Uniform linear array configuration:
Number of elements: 4
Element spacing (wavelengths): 0.5
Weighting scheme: kaiser
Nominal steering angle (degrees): -15
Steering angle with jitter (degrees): -13.505
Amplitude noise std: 0.05
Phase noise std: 0.05

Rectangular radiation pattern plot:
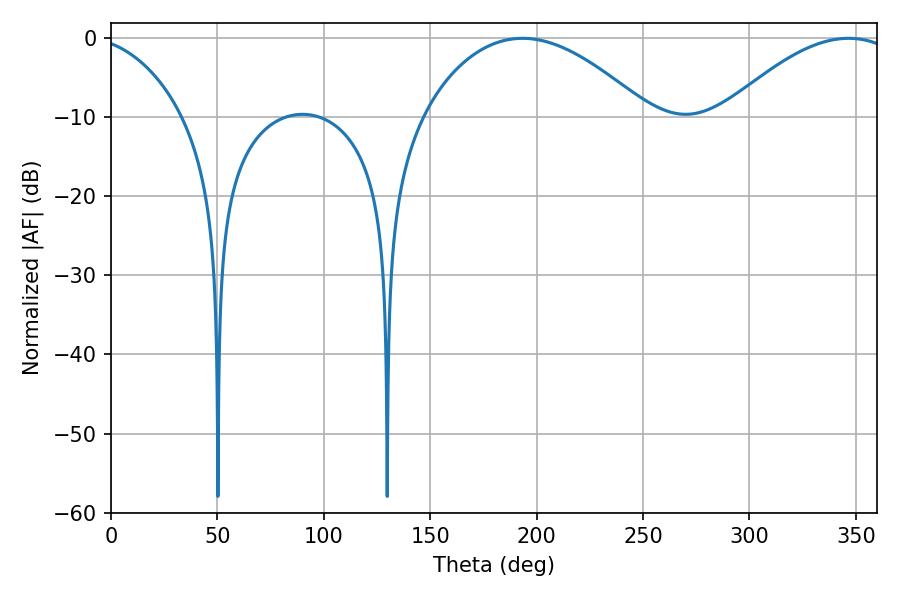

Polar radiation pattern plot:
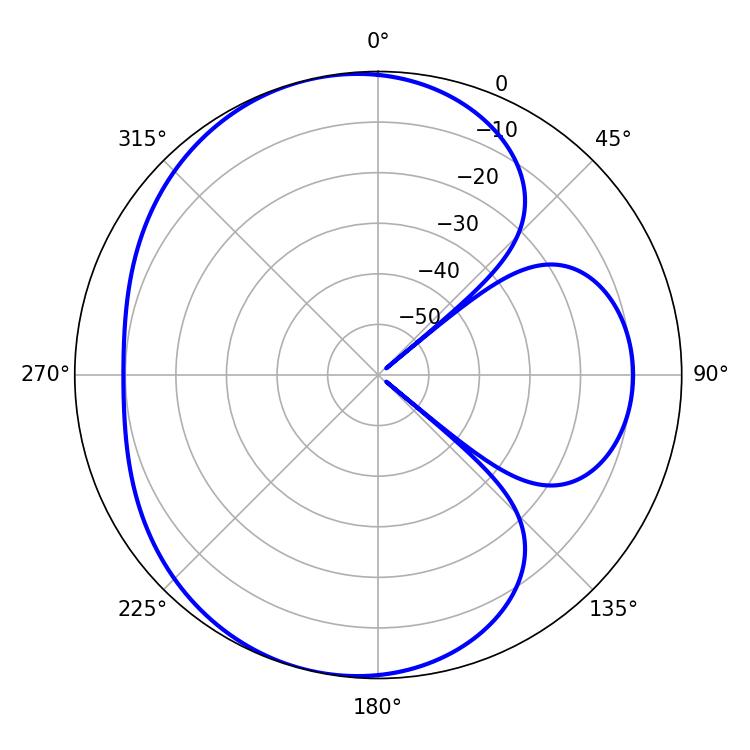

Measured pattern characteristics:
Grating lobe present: FALSE
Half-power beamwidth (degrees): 58.86
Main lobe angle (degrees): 193.32